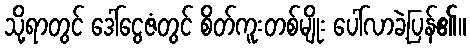
သို့ရာတွင် ဒေါ်ငွေဇံတွင် စိတ်ကူးတစ်မျိုး ပေါ်လာခဲ့ပြန်၏။